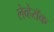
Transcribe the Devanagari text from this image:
लेव्हेरॉक